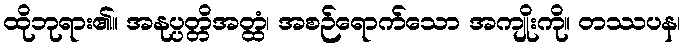
ထိုဘုရား၏။ အနုပ္ပတ္တိအတ္ထံ၊ အစဉ်ရောက်သော အကျိုးကို။ တဿပန၊